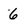
Character: 6